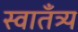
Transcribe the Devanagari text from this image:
स्वातँत्र्य